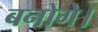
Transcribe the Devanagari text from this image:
बनोगे।